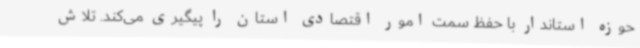
حوزه استاندار با حفظ سمت امور اقتصادی استان را پیگیری می‌کند. تلاش